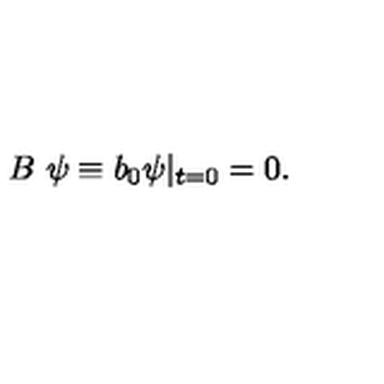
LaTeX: B \ \psi \equiv b _ { 0 } \psi \vert _ { t = 0 } = 0 .